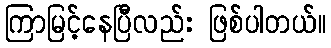
ကြာမြင့်နေပြီလည်း ဖြစ်ပါတယ်။